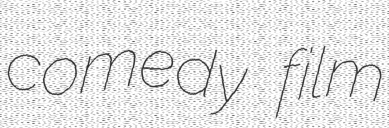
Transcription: comedy film